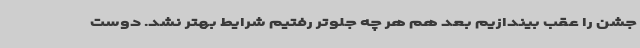
جشن را عقب بیندازیم بعد هم هر چه جلوتر رفتیم شرایط بهتر نشد. دوست